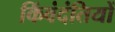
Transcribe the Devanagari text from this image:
किंवंदंतियों